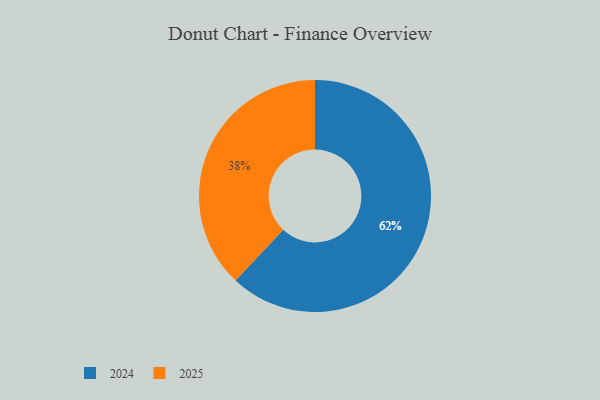
{"axis": {"x": "Category", "y": "Percentage"}, "legend": ["2024", "2025"], "data": [{"x": "2024", "y": 62, "type": "2024"}, {"x": "2025", "y": 38, "type": "2025"}]}